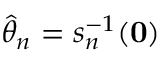
{ \hat { \theta } } _ { n } = s _ { n } ^ { - 1 } ( \mathbf { 0 } )